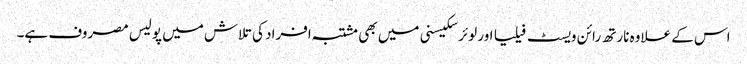
اس کے علاوہ نارتھ رائن ویسٹ فیلیا اور لوئر سکیسنی میں بھی مشتبہ افراد کی تلاش میں پولیس مصروف ہے۔